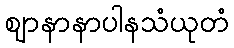
ဈာနာနာပါနသံယုတံ